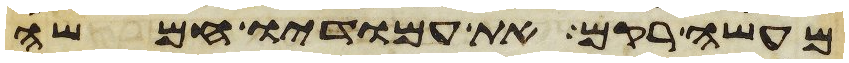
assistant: מעשה רקם את עמודיו חמשה